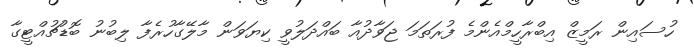
ހުސައިން ރަމީޒް އިބްރާހީމްއެންމެ ފުރަތަމަ ޖަވާދުއާ ބައްދަލުވީ ކިޔަވަން މާލޭގާހުރެފާ ލިބުނު ބޮޑުޗުއްޓީގާ